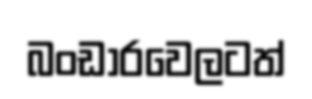
බංඩාරවෙලටත්